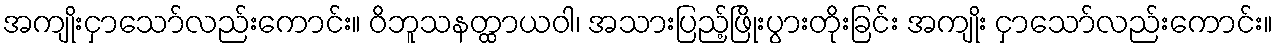
အကျိုးငှာသော်လည်းကောင်း။ ဝိဘူသနတ္ထာယဝါ၊ အသားပြည့်ဖြိုးပွားတိုးခြင်း အကျိုး ငှာသော်လည်းကောင်း။